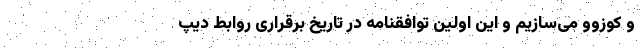
و کوزوو می‌سازیم و این اولین توافقنامه در تاریخ برقراری روابط دیپ